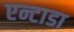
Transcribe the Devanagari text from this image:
एन्टाडा